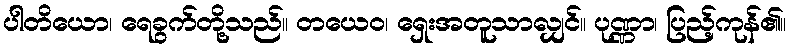
ပါတိယော၊ ရေခွက်တို့သည်။ တယေဝ၊ ရှေးအတူသာလျှင်။ ပုဏ္ဏာ၊ ပြည့်ကုန်၏။